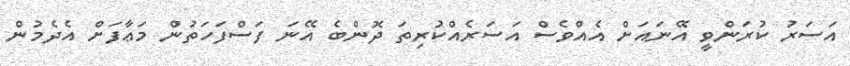
އަސަރު ކުރަންވީ އޭނައަށް އެއްވެސް އަސަރެއްކުރިތަ ދޮންބެ އޭނަ ފަސްފަހަތުން މަޢާފަށް އެދެމުން